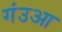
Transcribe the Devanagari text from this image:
गंउआ